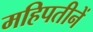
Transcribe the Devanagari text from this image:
महिपतीनें